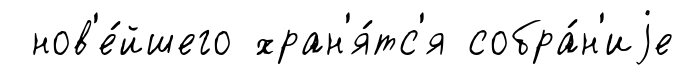
нов'е́йшего хран'я́тс'я собра́н'иjе